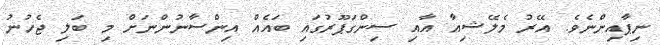
ނިޕާއިންނެވެ. އޭރު މެލޭޝިއާ އާއި ސިންގަޕޫރުގައި ބައެއް އިންސާނުންނަށް މި ބަލި ޖެހުނު